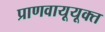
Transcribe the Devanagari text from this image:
प्राणवायूयूक्त